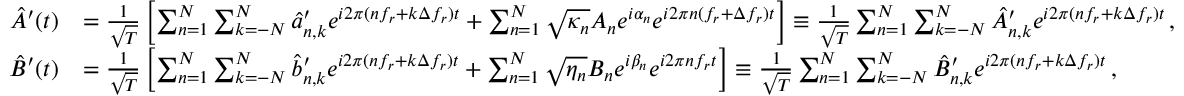
\begin{array} { r l } { \hat { A } ^ { \prime } ( t ) } & { = \frac { 1 } { \sqrt T } \left[ \sum _ { n = 1 } ^ { N } \sum _ { { k } = - N } ^ { N } \hat { a } _ { n , k } ^ { \prime } e ^ { i 2 \pi ( n f _ { r } + { k } \Delta f _ { r } ) t } + \sum _ { n = 1 } ^ { N } \sqrt { \kappa _ { n } } A _ { n } e ^ { i \alpha _ { n } } e ^ { i 2 \pi n ( f _ { r } + \Delta f _ { r } ) t } \right] \equiv \frac { 1 } { \sqrt T } \sum _ { n = 1 } ^ { N } \sum _ { { k } = - N } ^ { N } \hat { A } _ { n , k } ^ { \prime } e ^ { i 2 \pi ( n f _ { r } + k \Delta f _ { r } ) t } \, , } \\ { \hat { B } ^ { \prime } ( t ) } & { = \frac { 1 } { \sqrt T } \left[ \sum _ { n = 1 } ^ { N } \sum _ { { k } = - N } ^ { N } \hat { b } _ { n , k } ^ { \prime } e ^ { i 2 \pi ( n f _ { r } + { k } \Delta f _ { r } ) t } + \sum _ { n = 1 } ^ { N } \sqrt { \eta _ { n } } B _ { n } e ^ { i \beta _ { n } } e ^ { i 2 \pi n f _ { r } t } \right] \equiv \frac { 1 } { \sqrt T } \sum _ { n = 1 } ^ { N } \sum _ { { k } = - N } ^ { N } \hat { B } _ { n , k } ^ { \prime } e ^ { i 2 \pi ( n f _ { r } + k \Delta f _ { r } ) t } \, , } \end{array}